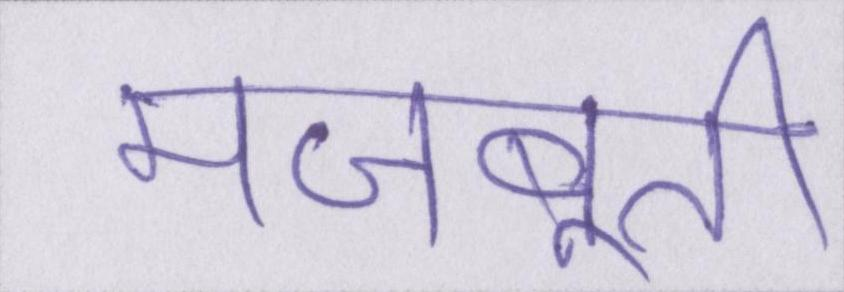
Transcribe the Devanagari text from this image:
मजबूती